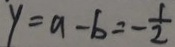
y = a - b = - \frac { 1 } { 2 }